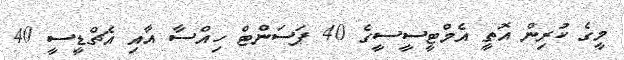
މީގެ ކުރިން އޮތީ އެމްޓީސީސީގެ 40 ޕަސަންޓް ހިއްސާ އާއި އެޗްޑީސީ 40